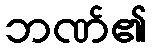
ဘဏ်၏